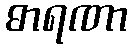
ဓာရဏာ